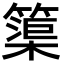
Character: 𮆒